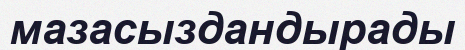
мазасыздандырады